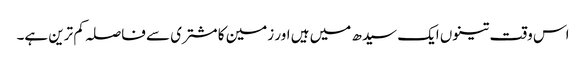
اس وقت تینوں ایک سیدھ میں ہیں اور زمین کا مشتری سے فاصلہ کم ترین ہے۔